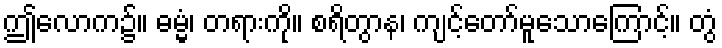
ဤလောက၌။ ဓမ္မံ၊ တရားကို။ စရိတွာန၊ ကျင့်တော်မူသောကြောင့်။ တွံ